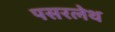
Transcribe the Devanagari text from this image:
पसरलेथ